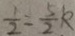
\frac { 1 } { 2 } = \frac { 5 } { 2 } k